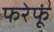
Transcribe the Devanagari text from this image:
फरेफूं